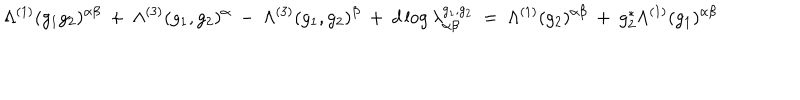
\Lambda ^ { ( 1 ) } ( g _ { 1 } g _ { 2 } ) ^ { \alpha \beta } \: + \: \Lambda ^ { ( 3 ) } ( g _ { 1 } , g _ { 2 } ) ^ { \alpha } \: - \: \Lambda ^ { ( 3 ) } ( g _ { 1 } , g _ { 2 } ) ^ { \beta } \: + \: d \log \lambda _ { \alpha \beta } ^ { g _ { 1 } , g _ { 2 } } \: = \: \Lambda ^ { ( 1 ) } ( g _ { 2 } ) ^ { \alpha \beta } \: + \: g _ { 2 } ^ { * } \Lambda ^ { ( 1 ) } ( g _ { 1 } ) ^ { \alpha \beta }